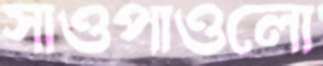
সাওপাওলো